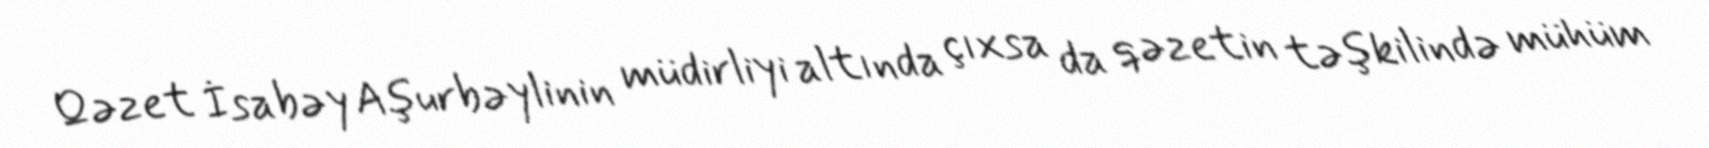
Qəzet İsabəy Aşurbəylinin müdirliyi altında çıxsa da qəzetin təşkilində mühüm